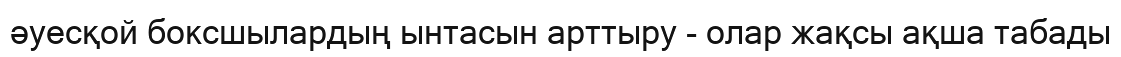
әуесқой боксшылардың ынтасын арттыру - олар жақсы ақша табады